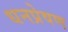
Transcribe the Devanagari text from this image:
धनप्रेषण